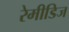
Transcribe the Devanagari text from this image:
रेमीडिज